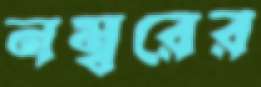
নম্বরের